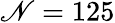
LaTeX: \mathscr{N}=125